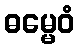
ဓမ္မေဝံ